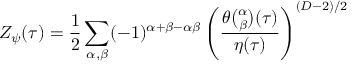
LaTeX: Z _ { \psi } ( \tau ) = { \frac { 1 } { 2 } } \sum _ { \alpha , \beta } ( - 1 ) ^ { \alpha + \beta - \alpha \beta } \left( { \frac { \theta { \binom { \alpha } { \beta } } ( \tau ) } { \eta ( \tau ) } } \right) ^ { ( D - 2 ) / 2 }